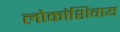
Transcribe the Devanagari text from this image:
लोकांशिवाय